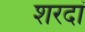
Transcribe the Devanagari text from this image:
शरदां